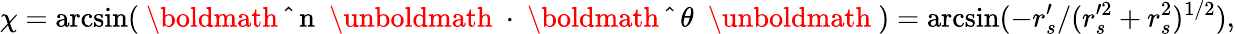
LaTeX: \chi=\arcsin({\mathrm{~\boldmath~\hat{~}{~n~}~\unboldmath~}}\cdot{\mathrm{~\boldmath~\hat{~}{~\theta~}~\unboldmath~}})=\arcsin(-r_{s}^{\prime}/{(r_{s}^{\prime 2}+r_{s}^{2})^{1/2}}),